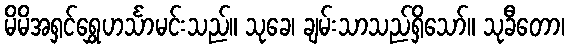
မိမိအရှင်ရွှေဟင်္သာမင်းသည်။ သုခေ၊ ချမ်းသာသည်ရှိသော်။ သုခီတော၊